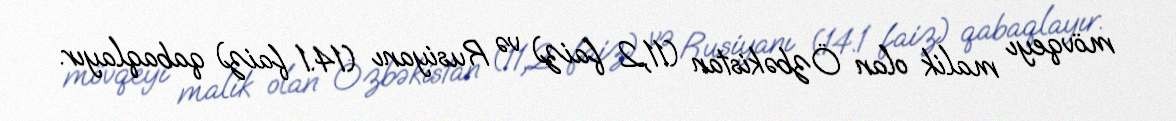
mövqeyı malik olan Özbəkistan (11,2 faiz) və Rusiyanı (14.1 faiz) qabaqlayır.